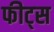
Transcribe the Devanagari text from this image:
फीट्स